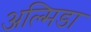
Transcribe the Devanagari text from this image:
अल्मिडा